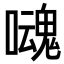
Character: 𡂃